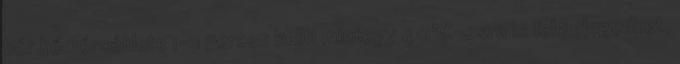
bőr hőmérséklete 1-2 percen belül mintegy 40°C-osra is felmelegedhet,